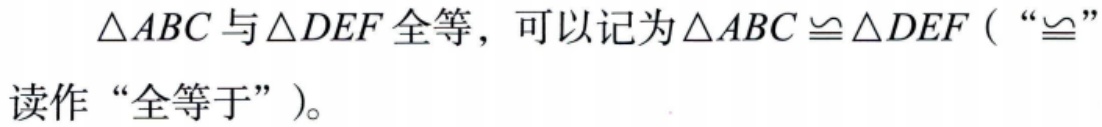
$\triangle ABC$与$\triangle DEF$全等，可以记为$\triangle ABC\cong\triangle DEF$（“$\cong$”读作“全等于”）。